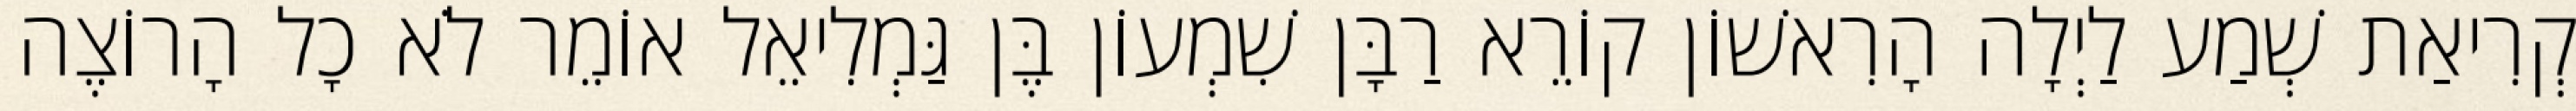
קְרִיאַת שְׁמַע לַיְלָה הָרִאשׁוֹן קוֹרֵא רַבָּן שִׁמְעוֹן בֶּן גַּמְלִיאֵל אוֹמֵר לֹא כָל הָרוֹצֶה